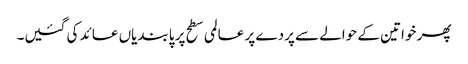
پھر خواتین کے حوالے سے پردے پر عالمی سطح پر پابندیاں عائد کی گئیں۔